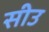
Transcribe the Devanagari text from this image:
सीउ